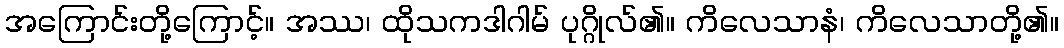
အကြောင်းတို့ကြောင့်။ အဿ၊ ထိုသကဒါဂါမ် ပုဂ္ဂိုလ်၏။ ကိလေသာနံ၊ ကိလေသာတို့၏။